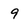
Character: 9